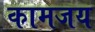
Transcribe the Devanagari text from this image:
कामजय